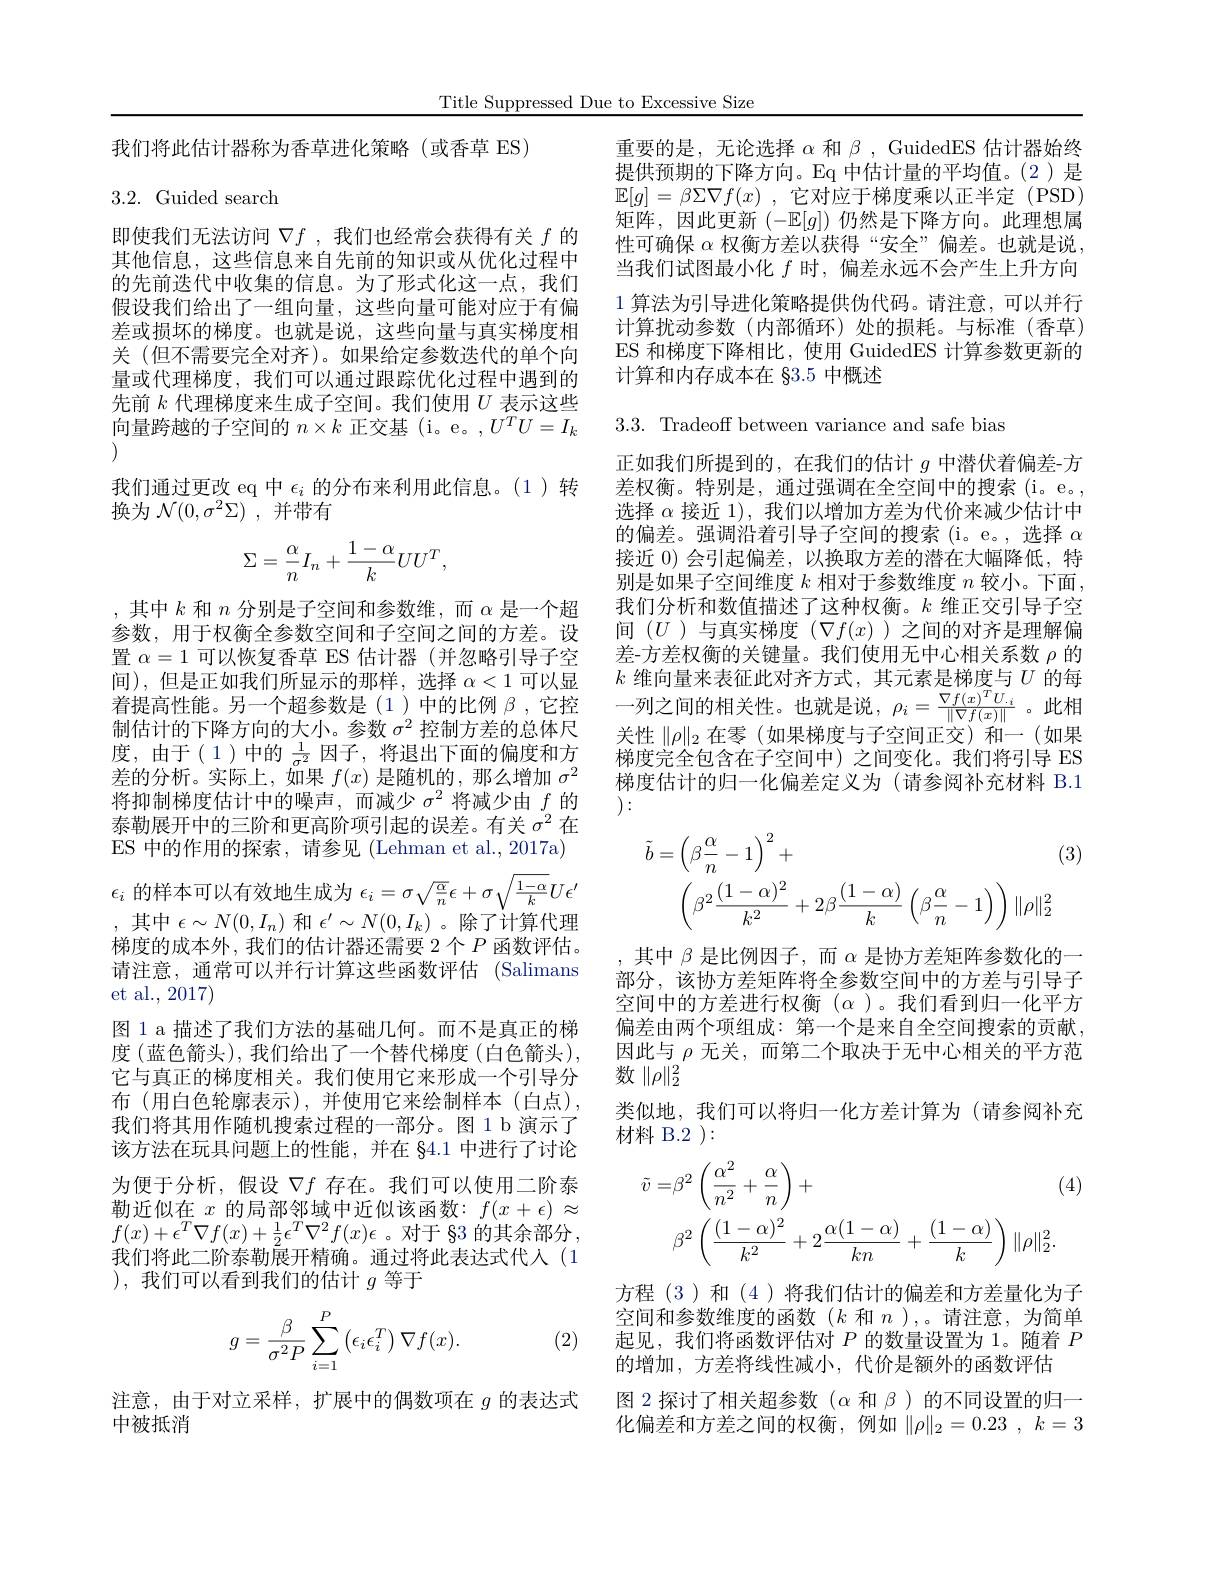
Title Suppressed Due to Excessive Size

我们将此估计器称为香草进化策略(或香草 ES)

## 3.2.Guided search

即使我们无法访问$\nabla f$ ,我们也经常会获得有关$f$的其他信息，这些信息来自先前的知识或从优化过程中的先前迭代中收集的信息。为了形式化这一点，我们假设我们给出了一组向量，这些向量可能对应于有偏差或损坏的梯度。也就是说，这些向量与真实梯度相关 (但不需要完全对齐)。如果给定参数迭代的单个向量或代理梯度，我们可以通过跟踪优化过程中遇到的先前$k$代理梯度来生成子空间。我们使用$U$表示这些向量跨越的子空间的$n\times k$正交基 (i。e。$,U^TU=I_k$ (1)
我们通过更改 eq 中$\epsilon_i$的分布来利用此信息。(1)转
换为$\mathcal{N}(0,\sigma^2\Sigma)$ ,并带有
$$\Sigma=\frac{\alpha}{n}I_n+\frac{1-\alpha}{k}UU^T,$$
,其中$k$和$n$分别是子空间和参数维，而$\alpha$是一个超参数，用于权衡全参数空间和子空间之间的方差。设置$\alpha=1$可以恢复香草 ES 估计器 (并忽略引导子空间),但是正如我们所显示的那样，选择$\alpha<1$可以显着提高性能。另一个超参数是(1)中的比例$\beta$ ,它控制估计的下降方向的大小。参数$\sigma^2$控制方差的总体尺度，由于(1)中的$\frac1{\sigma^2}$因子，将退出下面的偏度和方差的分析。实际上，如果$f(x)$是随机的，那么增加$\sigma^2$ 将抑制梯度估计中的噪声，而减少$\sigma^2$将减少由$f$的泰勒展开中的三阶和更高阶项引起的误差。有关$\sigma^2$在ES 中的作用的探索，请参见 (Lehman et al.,2017a) $i$的样本可以有效地生成为$\epsilon_i=\sigma\sqrt{\frac{\alpha}{n}}\epsilon+\sigma\sqrt{\frac{1-\alpha}{k}}U\epsilon^{\prime}$ ,其中$\epsilon\sim N(0,I_n)$和$\epsilon^\prime\sim N(0,I_k)$ 。除了计算代理梯度的成本外，我们的估计器还需要 2个$P$函数评估。请注意，通常可以并行计算这些函数评估 (Salimans et al., 2017)
图 1 a 描述了我们方法的基础几何。而不是真正的梯度(蓝色箭头),我们给出了一个替代梯度(白色箭头), 它与真正的梯度相关。我们使用它来形成一个引导分布 (用白色轮廓表示),并使用它来绘制样本 (白点), 我们将其用作随机搜索过程的一部分。图 1 b 演示了该方法在玩具问题上的性能，并在 84.1 中进行了讨论为便于分析，假设$\nabla f$存在。我们可以使用二阶泰勒近似在$x$的局部邻域中近似该函数$:f(x+\epsilon)\approx$ $f(x)+\epsilon^{T}\nabla f(x)+\frac{1}{2}\epsilon^{T}\nabla^{2}f(x)\epsilon$。对于 83 的其余部分我们将此二阶泰勒展开精确。通过将此表达式代人(1 ),我们可以看到我们的估计$g$等于
$$g=\frac{\beta}{\sigma^2P}\sum_{i=1}^P\left(\epsilon_i\epsilon_i^T\right)\nabla f(x).$$
(2)

注意，由于对立采样，扩展中的偶数项在$g$的表达式
中被抵消

重要的是，无论选择$\alpha$和$\beta$, GuidedES 估计器始终提供预期的下降方向。Eq 中估计量的平均值。(2)是$\mathbb{E} [ g] = \beta \Sigma \nabla f( x)$ ,它对应于梯度乘以正半定(PSD) 矩阵，因此更新$(-\mathbb{E}[g])$仍然是下降方向。此理想属性可确保$\alpha$权衡方差以获得“安全”偏差。也就是说， 当我们试图最小化$f$时，偏差永远不会产生上升方向1 算法为引导进化策略提供伪代码。请注意，可以并行计算扰动参数(内部循环)处的损耗。与标准(香草) ES 和梯度下降相比，使用 GuidedES 计算参数更新的计算和内存成本在83.5中概述

3.3. Tradeoff between variance and safe bias

正如我们所提到的，在我们的估计$g$中潜伏着偏差-方差权衡。特别是，通过强调在全空间中的搜索(i。e。, 选择$\alpha$接近 1), 我们以增加方差为代价来减少估计中的偏差。强调沿着引导子空间的搜索(i。e。,选择$\alpha$ 接近 0) 会引起偏差，以换取方差的潜在大幅降低，特别是如果子空间维度$k$相对于参数维度$n$较小。下面， 我们分析和数值描述了这种权衡。$k$维正交引导子空间$(U$ )与真实梯度$(\nabla f(x)$ )之间的对齐是理解偏差-方差权衡的关键量。我们使用无中心相关系数$\rho$的$k$维向量来表征此对齐方式，其元素是梯度与$U$的每一列之间的相关性。也就是说，$\rho_i=\frac{\nabla f(x)^TU_{.i}}{\|\nabla f(x)\|}$。此相关性$\|\rho\|_2$在零(如果梯度与子空间正交)和一(如果梯度完全包含在子空间中)之间变化。我们将引导 ES 梯度估计的归一化偏差定义为(请参阅补充材料 B.1 ):
$$\begin{aligned}\tilde{b}&=\left(\beta\frac{\alpha}{n}-1\right)^{2}+\\&&(3)\\&\left(\beta^{2}\frac{(1-\alpha)^{2}}{k^{2}}+2\beta\frac{(1-\alpha)}{k}\left(\beta\frac{\alpha}{n}-1\right)\right)\|\rho\|_{2}^{2}\end{aligned}$$
其中$\beta$是比例因子，而$\alpha$是协方差矩阵参数化的一部分，该协方差矩阵将全参数空间中的方差与引导子空间中的方差进行权衡$(\alpha$ )。我们看到归一化平方偏差由两个项组成：第一个是来自全空间搜索的贡献， 因此与$\rho$无关，而第二个取决于无中心相关的平方范数$\|\rho\|_2^2$
类似地，我们可以将归一化方差计算为(请参阅补充
材料 B.2 ):
$$\begin{aligned}\tilde{v}=&\beta^{2}\left(\frac{\alpha^{2}}{n^{2}}+\frac{\alpha}{n}\right)+&(4)\\&\beta^{2}\left(\frac{(1-\alpha)^{2}}{k^{2}}+2\frac{\alpha(1-\alpha)}{kn}+\frac{(1-\alpha)}{k}\right)\|\rho\|_{2}^{2}.\end{aligned}$$
方程 (3)和 (4 )将我们估计的偏差和方差量化为子空间和参数维度的函数(k 和$n$ ),。请注意，为简单起见，我们将函数评估对$P$的数量设置为 1。随着$P$ 的增加，方差将线性减小，代价是额外的函数评估
图 2 探讨了相关超参数$(\alpha$和$\beta$ )的不同设置的归一化偏差和方差之间的权衡，例如$\|\rho\|_2=0.23,k=3$